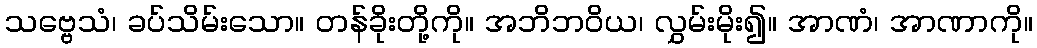
သဗ္ဗေသံ၊ ခပ်သိမ်းသော။ တန်ခိုးတို့ကို။ အဘိဘဝိယ၊ လွှမ်းမိုး၍။ အာဏံ၊ အာဏာကို။